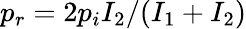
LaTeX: p_{r}=2p_{i}I_{2}/(I_{1}+I_{2})